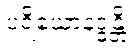
ပရိယောနဒ္ဓန္တိ